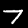
Digit: 7